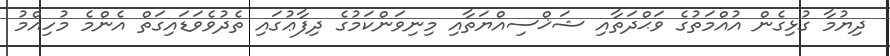
ދިޔުމާ ގުޅިގެން އުއްމަތުގެ ވަޙްދަތާއި ޝަޚްސިއްޔަތާއި މިނިވަންކަމުގެ ދިފާޢުގައި ތެދުވެވަޑައިގަތް އެންމެ މުހިއްމު